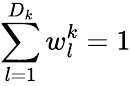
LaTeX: \sum_{l=1}^{D_{k}}w_{l}^{k}=1